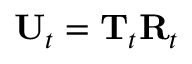
\mathbf { U } _ { t } = \mathbf { T } _ { t } \mathbf { R } _ { t }